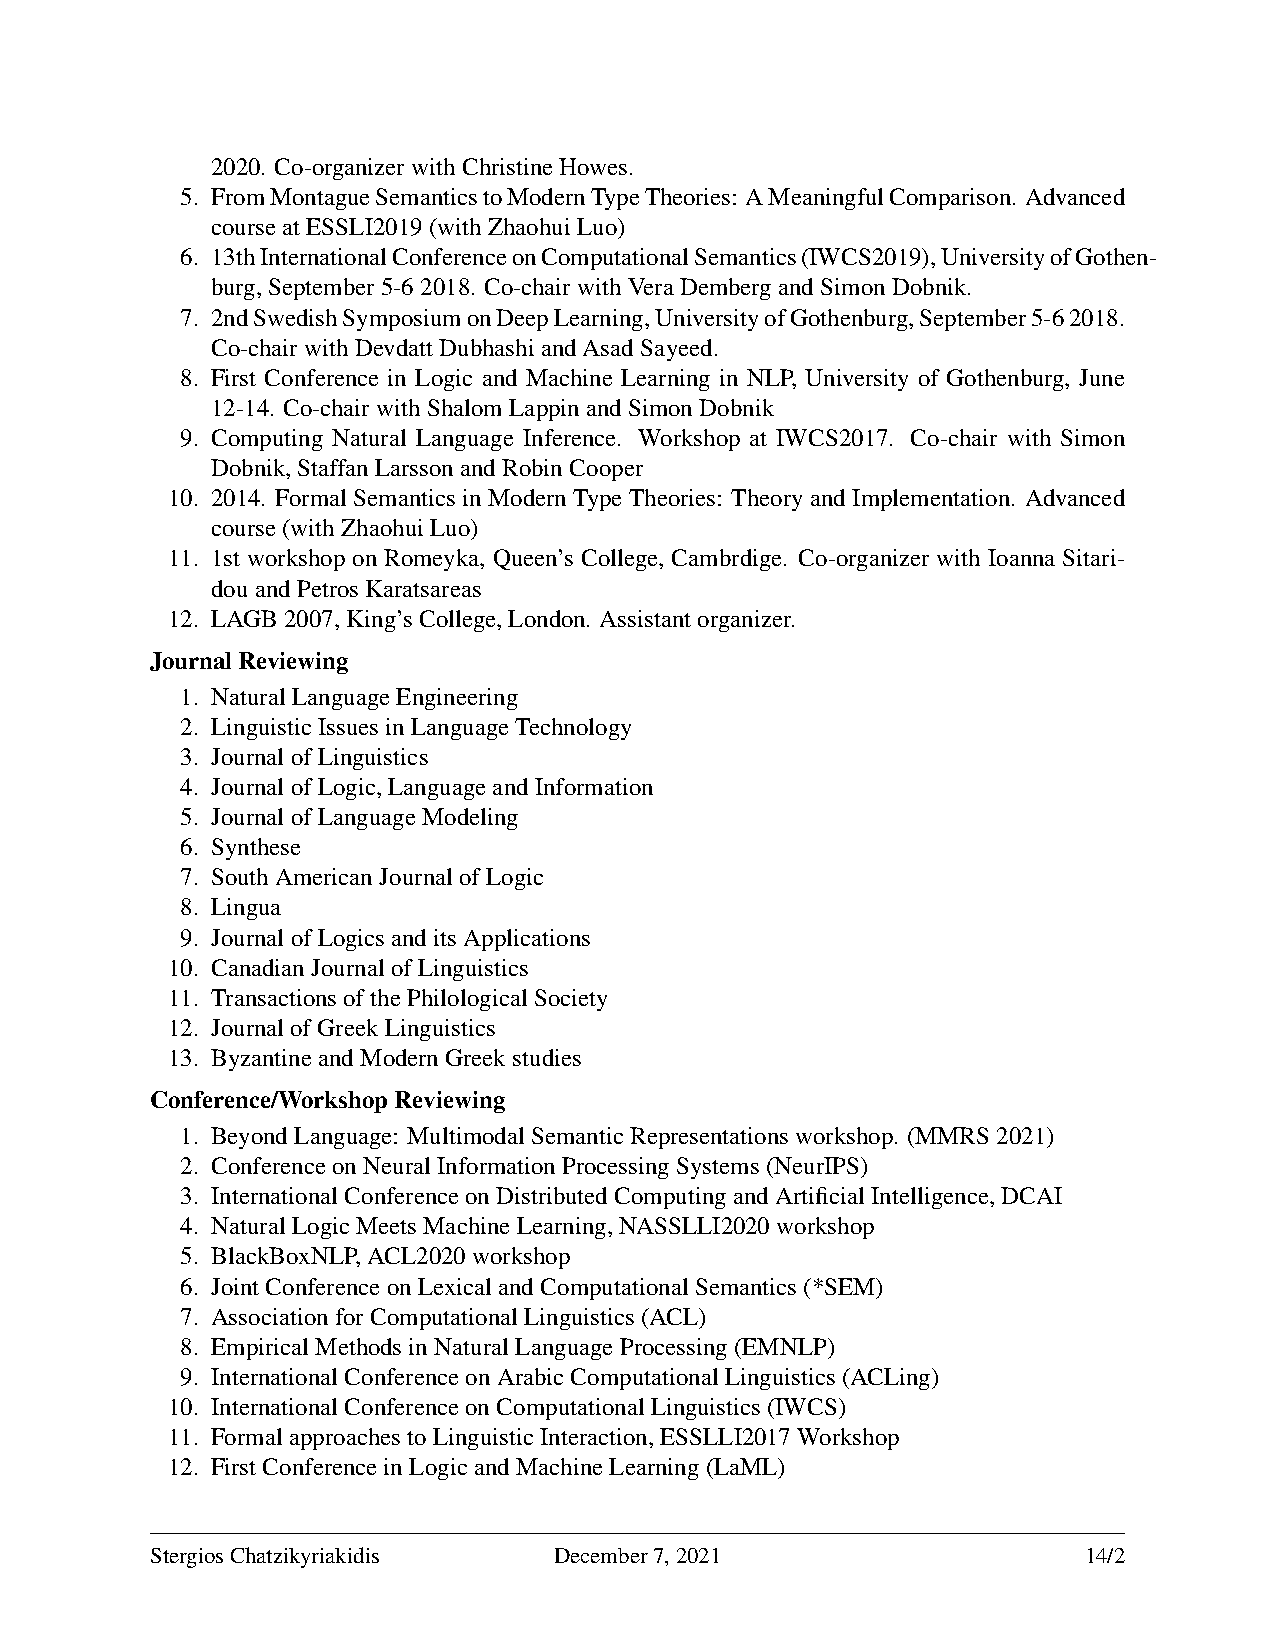
2020. Co-organizerwithChristineHowes.
 5. FromMontagueSemanticstoModernTypeTheories: AMeaningfulComparison. Advanced
 courseatESSLI2019(withZhaohuiLuo)
 6. 13thInternationalConferenceonComputationalSemantics(IWCS2019),UniversityofGothen-
 burg,September5-62018. Co-chairwithVeraDembergandSimonDobnik.
 7. 2ndSwedishSymposiumonDeepLearning,UniversityofGothenburg,September5-62018.
 Co-chairwithDevdattDubhashiandAsadSayeed.
 8. First Conference in Logic and Machine Learning in NLP, University of Gothenburg, June
 12-14. Co-chairwithShalomLappinandSimonDobnik
 9. Computing Natural Language Inference. Workshop at IWCS2017. Co-chair with Simon
 Dobnik,StaffanLarssonandRobinCooper
 10. 2014. Formal Semantics in Modern Type Theories: Theory and Implementation. Advanced
 course(withZhaohuiLuo)
 11. 1st workshop on Romeyka, Queen’s College, Cambrdige. Co-organizer with Ioanna Sitari-
 douandPetrosKaratsareas
 12. LAGB2007,King’sCollege,London. Assistantorganizer.
 JournalReviewing
 1. NaturalLanguageEngineering
 2. LinguisticIssuesinLanguageTechnology
 3. JournalofLinguistics
 4. JournalofLogic,LanguageandInformation
 5. JournalofLanguageModeling
 6. Synthese
 7. SouthAmericanJournalofLogic
 8. Lingua
 9. JournalofLogicsanditsApplications
 10. CanadianJournalofLinguistics
 11. TransactionsofthePhilologicalSociety
 12. JournalofGreekLinguistics
 13. ByzantineandModernGreekstudies
 Conference/WorkshopReviewing
 1. BeyondLanguage: MultimodalSemanticRepresentationsworkshop. (MMRS2021)
 2. ConferenceonNeuralInformationProcessingSystems(NeurIPS)
 3. InternationalConferenceonDistributedComputingandArtificialIntelligence,DCAI
 4. NaturalLogicMeetsMachineLearning,NASSLLI2020workshop
 5. BlackBoxNLP,ACL2020workshop
 6. JointConferenceonLexicalandComputationalSemantics(*SEM)
 7. AssociationforComputationalLinguistics(ACL)
 8. EmpiricalMethodsinNaturalLanguageProcessing(EMNLP)
 9. InternationalConferenceonArabicComputationalLinguistics(ACLing)
 10. InternationalConferenceonComputationalLinguistics(IWCS)
 11. FormalapproachestoLinguisticInteraction,ESSLLI2017Workshop
 12. FirstConferenceinLogicandMachineLearning(LaML)
 StergiosChatzikyriakidis   December7,2021                     14/2